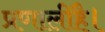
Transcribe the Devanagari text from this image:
प्रणालीहै।